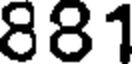
881